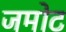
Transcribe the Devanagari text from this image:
जमोट